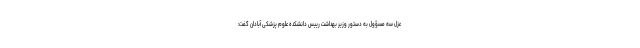
عزل سه مسؤول به دستور وزیر بهداشت رییس دانشکده علوم پزشکی آبادان گفت: